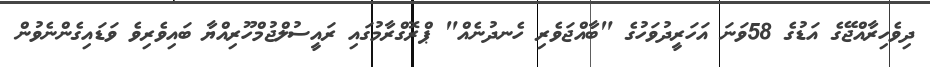
ދިވެހިރާއްޖޭގެ އަޑުގެ 58ވަނަ އަހަރީދުވަހުގެ "ބާއްޖަވެރި ހެނދުނެއް" ޕްރޮގްރާމުގައި ރައީސުލްޖުމްހޫރިއްޔާ ބައިވެރިވެ ވަޑައިގެންނެވުން